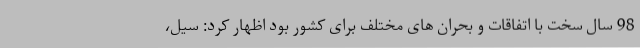
98 سال سخت با اتفاقات و بحران های مختلف برای کشور بود اظهار کرد: سیل،